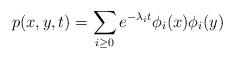
LaTeX: \begin{align*}p(x,y,t) = \sum_{i \ge 0} e^{- \lambda_i t} \phi_i(x) \phi_i (y) \end{align*}